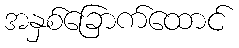
အနှစ်ခြောက်ထောင်